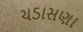
ચડાસણા